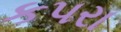
કપરા